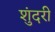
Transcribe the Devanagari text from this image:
शुंदरी